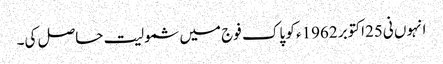
انہوں نی25اکتوبر 1962ء کو پاک فوج میں شمولیت حاصل کی۔